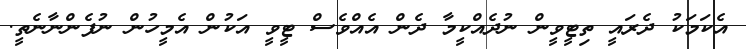
އެކަމަކު ދެރައީ ތިޓީވީން ނުދެއްކީމާ ދެން އެއްވެސް ޓީވީ އަކުން އެމީހުން ނުފެންނާނެތީ.